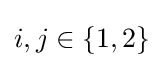
i,j\in \left\{{1,2}\right\}